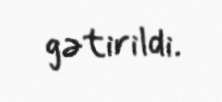
gətirildi.